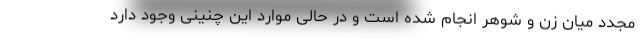
مجدد میان زن و شوهر انجام شده است و در حالی موارد این چنینی وجود دارد